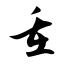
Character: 重